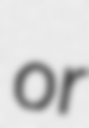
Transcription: or